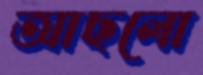
আছলো